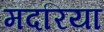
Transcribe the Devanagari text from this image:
मदरिया